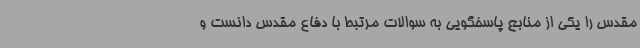
مقدس را یکی از منابع پاسخگویی به سوالات مرتبط با دفاع مقدس دانست و